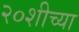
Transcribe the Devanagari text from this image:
२०शीच्या